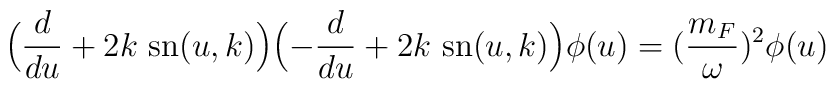
\Bigl(\frac{d}{du}+2k~{\rm sn}(u, k)\Bigr)\Bigl(-\frac{d}{du}+2k~{\rm sn}(u, k)\Bigr)\phi(u)=(\frac{m_F}{\omega})^2\phi(u)